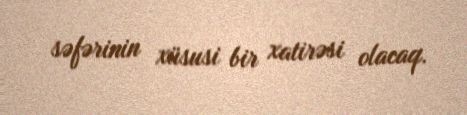
səfərinin xüsusi bir xatirəsi olacaq.